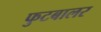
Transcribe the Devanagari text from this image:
फुटबालर